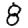
Digit: 8